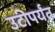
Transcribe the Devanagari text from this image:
उटीपर्यंत